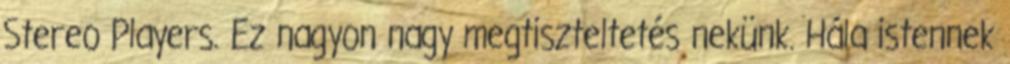
Stereo Players. Ez nagyon nagy megtiszteltetés nekünk. Hála istennek